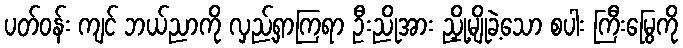
ပတ်ဝန်း ကျင် ဘယ်ညာကို လှည့်ရှာကြရာ ဦးညိုအား ညှို့မျိုခဲ့သော စပါး ကြီးမြွေကို